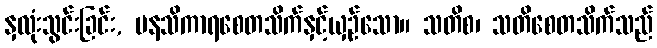
နှလုံးသွင်းခြင်း, မနသိကာရစေတသိက်နှင့်ယှဉ်သော။ သတိစ၊ သတိစေတသိက်သည်